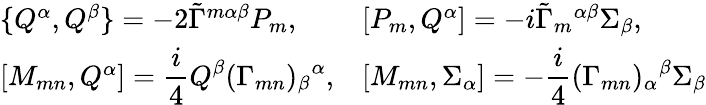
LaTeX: \begin{array}{ll}{{\{ Q^{\alpha},Q^{\beta}\} =-2\tilde{\Gamma}^{m\alpha\beta}P_{m},}}&{{[P_{m},Q^{\alpha}]=-i\tilde{\Gamma}_{m}{}^{\alpha\beta}\Sigma_{\beta},}}\\ {{{}[M_{mn},Q^{\alpha}]=\displaystyle\frac i4Q^{\beta}(\Gamma_{mn})_{\beta}{}^{\alpha},}}&{{[M_{mn},\Sigma_{\alpha}]=-\displaystyle\frac i4(\Gamma_{mn})_{\alpha}{}^{\beta}\Sigma_{\beta}}}\end{array}